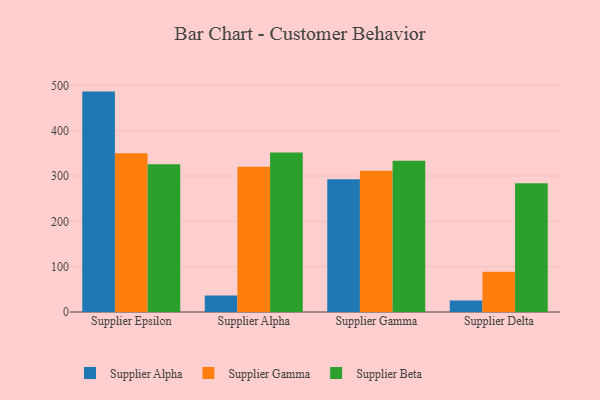
{"axis": {"x": "Supplier", "y": "Active Users"}, "legend": ["Supplier Alpha", "Supplier Beta", "Supplier Gamma"], "data": [{"x": "Supplier Epsilon", "y": 486.3, "type": "Supplier Alpha"}, {"x": "Supplier Epsilon", "y": 350.4, "type": "Supplier Gamma"}, {"x": "Supplier Epsilon", "y": 326.0, "type": "Supplier Beta"}, {"x": "Supplier Alpha", "y": 36.4, "type": "Supplier Alpha"}, {"x": "Supplier Alpha", "y": 320.3, "type": "Supplier Gamma"}, {"x": "Supplier Alpha", "y": 351.9, "type": "Supplier Beta"}, {"x": "Supplier Gamma", "y": 293.0, "type": "Supplier Alpha"}, {"x": "Supplier Gamma", "y": 311.7, "type": "Supplier Gamma"}, {"x": "Supplier Gamma", "y": 333.7, "type": "Supplier Beta"}, {"x": "Supplier Delta", "y": 25.5, "type": "Supplier Alpha"}, {"x": "Supplier Delta", "y": 88.6, "type": "Supplier Gamma"}, {"x": "Supplier Delta", "y": 283.9, "type": "Supplier Beta"}]}